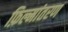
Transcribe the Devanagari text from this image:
फ़िल्मांतरण